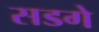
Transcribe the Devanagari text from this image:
सडगे